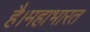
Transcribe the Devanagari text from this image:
है।महाभारत